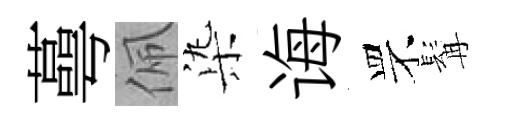
蕚佩𣑱诲罘髯